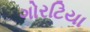
ગોરટિયા